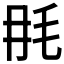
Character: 𣬭